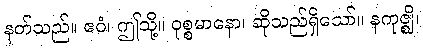
နတ်သည်။ ဧဝံ၊ ဤသို့။ ဝုစ္စမာနော၊ ဆိုသည်ရှိသော်။ နကုဇ္ဈိ၊